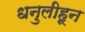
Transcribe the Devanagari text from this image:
धनुलीहून